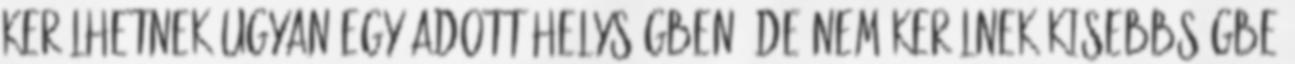
kerülhetnek ugyan egy adott helységben, de nem kerülnek kisebbségbe